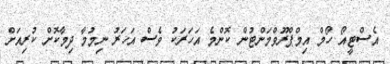
އެސްޓީއޯ ހޯމް އިމްޕްރޫވްމަންޓުން ކޮންމެ އަހަރަކު ވެސް އަހަރު ނިމުމާ ދިމާކޮށް ކުރިއަށް